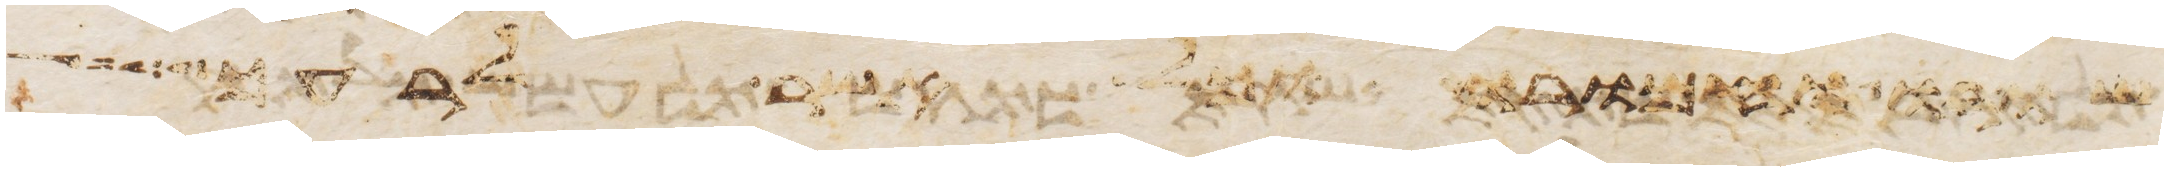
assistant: שורו וחמרו וכל אשר לרעך